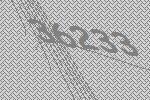
36233